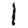
Digit: 1